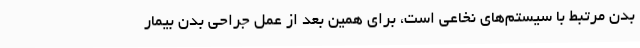
بدن مرتبط با سیستم‌های نخاعی است، برای همین بعد از عمل جراحی بدن بیمار